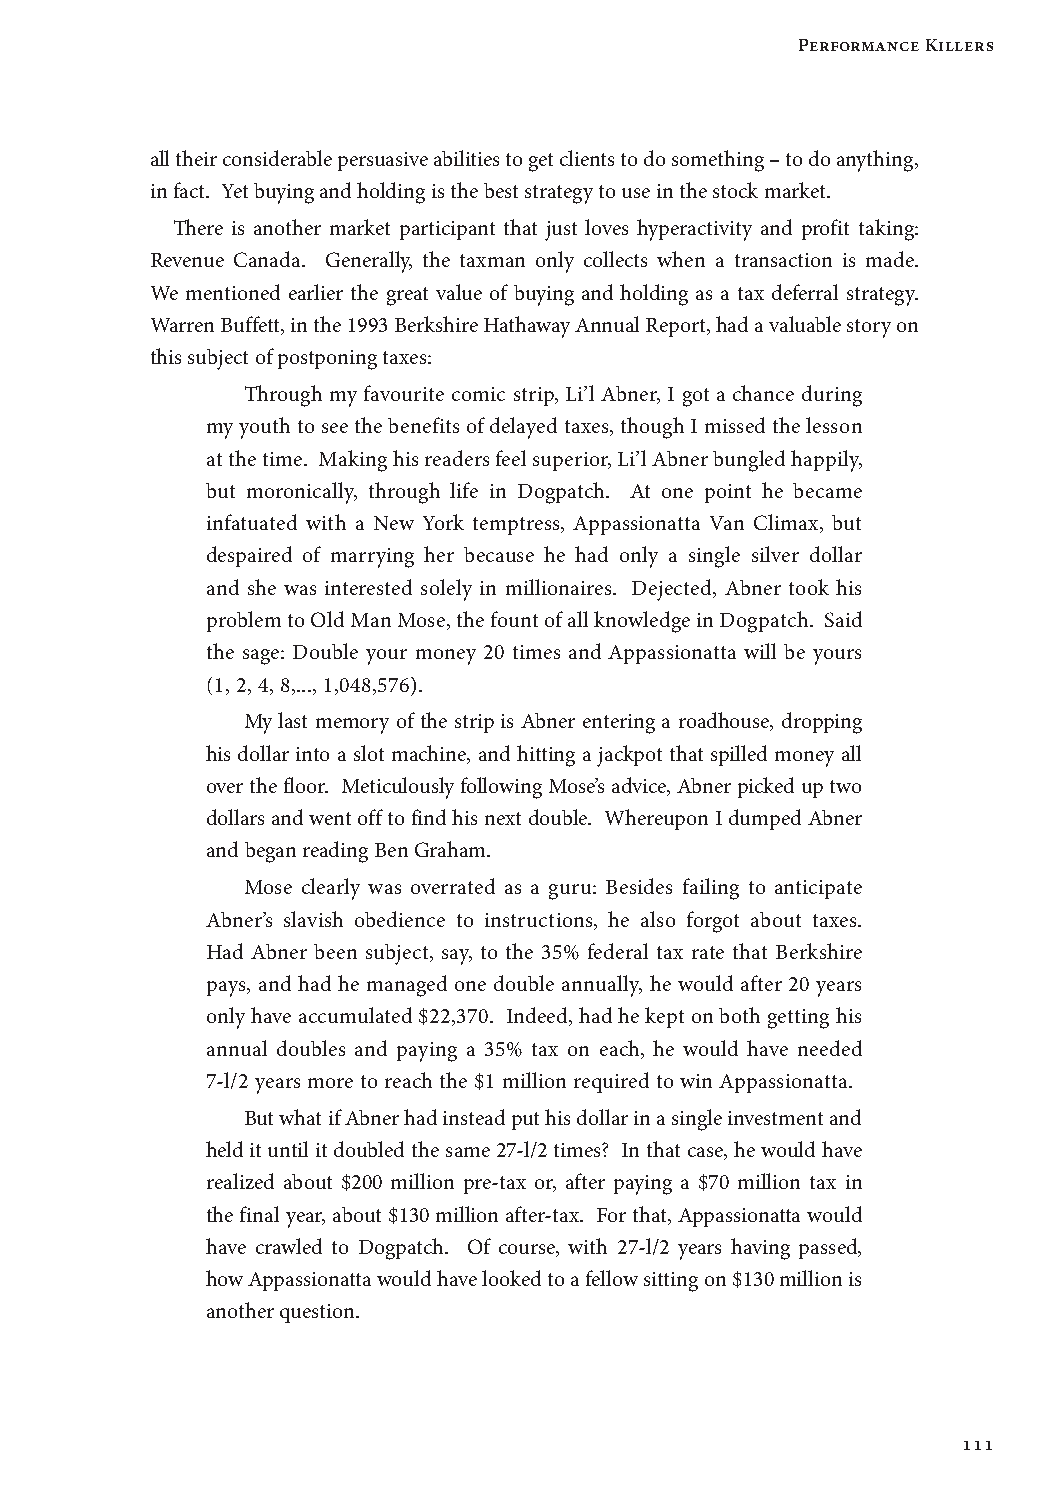
Performance Killers
 all their considerable persuasive abilities to get clients to do something – to do anything,
 in fact. Yet buying and holding is the best strategy to use in the stock market.
 There is another market participant that just loves hyperactivity and profit taking:
 Revenue Canada. Generally, the taxman only collects when a transaction is made.
 We mentioned earlier the great value of buying and holding as a tax deferral strategy.
 Warren Buffett, in the 1993 Berkshire Hathaway Annual Report, had a valuable story on
 this subject of postponing taxes:
 Through my favourite comic strip, Li’l Abner, I got a chance during
 my youth to see the benefits of delayed taxes, though I missed the lesson
 at the time. Making his readers feel superior, Li’l Abner bungled happily,
 but moronically, through life in Dogpatch. At one point he became
 infatuated with a New York temptress, Appassionatta Van Climax, but
 despaired of marrying her because he had only a single silver dollar
 and she was interested solely in millionaires. Dejected, Abner took his
 problem to Old Man Mose, the fount of all knowledge in Dogpatch. Said
 the sage: Double your money 20 times and Appassionatta will be yours
 (1, 2, 4, 8,..., 1,048,576).
 My last memory of the strip is Abner entering a roadhouse, dropping
 his dollar into a slot machine, and hitting a jackpot that spilled money all
 over the floor. Meticulously following Mose’s advice, Abner picked up two
 dollars and went off to find his next double. Whereupon I dumped Abner
 and began reading Ben Graham.
 Mose clearly was overrated as a guru: Besides failing to anticipate
 Abner’s slavish obedience to instructions, he also forgot about taxes.
 Had Abner been subject, say, to the 35% federal tax rate that Berkshire
 pays, and had he managed one double annually, he would after 20 years
 only have accumulated $22,370. Indeed, had he kept on both getting his
 annual doubles and paying a 35% tax on each, he would have needed
 7-l/2 years more to reach the $1 million required to win Appassionatta.
 But what if Abner had instead put his dollar in a single investment and
 held it until it doubled the same 27-l/2 times? In that case, he would have
 realized about $200 million pre-tax or, after paying a $70 million tax in
 the final year, about $130 million after-tax. For that, Appassionatta would
 have crawled to Dogpatch. Of course, with 27-l/2 years having passed,
 how Appassionatta would have looked to a fellow sitting on $130 million is
 another question.
 111